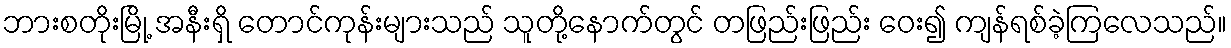
ဘားစတိုးမြို့ အနီးရှိ တောင်ကုန်းများသည် သူတို့နောက်တွင် တဖြည်းဖြည်း ဝေး၍ ကျန်ရစ်ခဲ့ကြလေသည်။